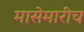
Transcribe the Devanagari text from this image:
मासेमारीच